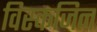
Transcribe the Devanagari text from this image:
विस्कजिन